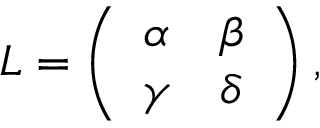
L = \left( \begin{array} { l l } { { \alpha } } & { { \beta } } \\ { { \gamma } } & { { \delta } } \end{array} \right) ,